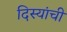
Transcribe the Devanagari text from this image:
दिस्यांची